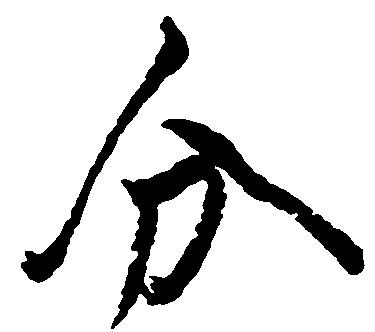
分